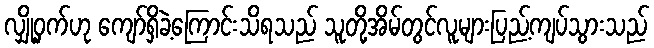
လျှို့ဝှက်ဟု ကျော်ရှိခဲ့ကြောင်းသိရသည် သူတို့အိမ်တွင်လူများပြည့်ကျပ်သွားသည်